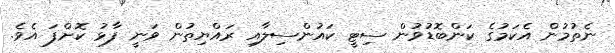
ނެތުމުން އެކަމުގެ ކަންބޮޑުވުން ސިޓީ ކައުންސިލާއި ރައްޔިތުން ވަނީ ފާޅު ކޮށްފަ އެވެ.